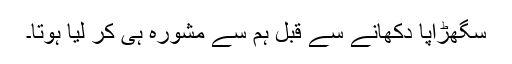
سگھڑاپا دکھانے سے قبل ہم سے مشورہ ہی کر لیا ہوتا۔